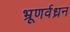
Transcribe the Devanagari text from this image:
भ्रूणर्वध्रन